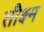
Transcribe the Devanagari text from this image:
तीक्ष्म